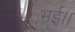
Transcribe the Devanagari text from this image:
भई।।